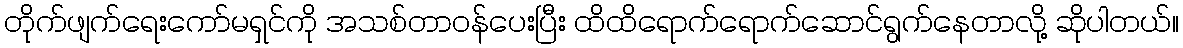
တိုက်ဖျက်ရေးကော်မရှင်ကို အသစ်တာဝန်ပေးပြီး ထိထိရောက်ရောက်ဆောင်ရွက်နေတာလို့ ဆိုပါတယ်။